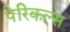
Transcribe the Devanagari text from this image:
पेरिकल्स